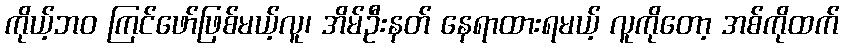
ကိုယ့်ဘဝ ကြင်ဖော်ဖြစ်မယ့်လူ၊ အိမ်ဦးနတ် နေရာထားရမယ့် လူကိုတော့ အစ်ကိုထက်